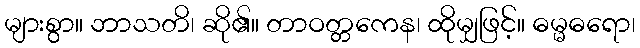
များစွာ။ ဘာသတိ၊ ဆို၏။ တာဝတ္တကေန၊ ထိုမျှဖြင့်။ ဓမ္မဓရော၊